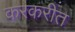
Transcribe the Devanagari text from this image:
करकरीत